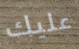
عليك